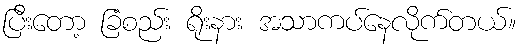
ပြီးတော့ ခြံစည်း ရိုးနား အသာကပ်နေလိုက်တယ်။